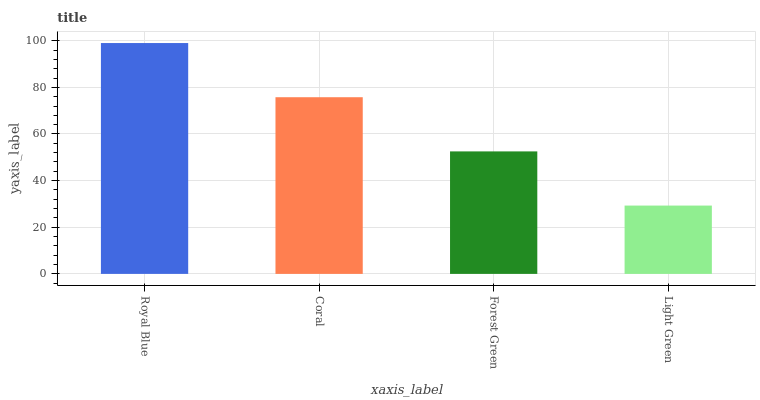
| xaxis_label | bars |
 | --- | --- |
 | Royal Blue | 99 |
 | Coral | 75.8 |
 | Forest Green | 52.5 |
 | Light Green | 29.3 |